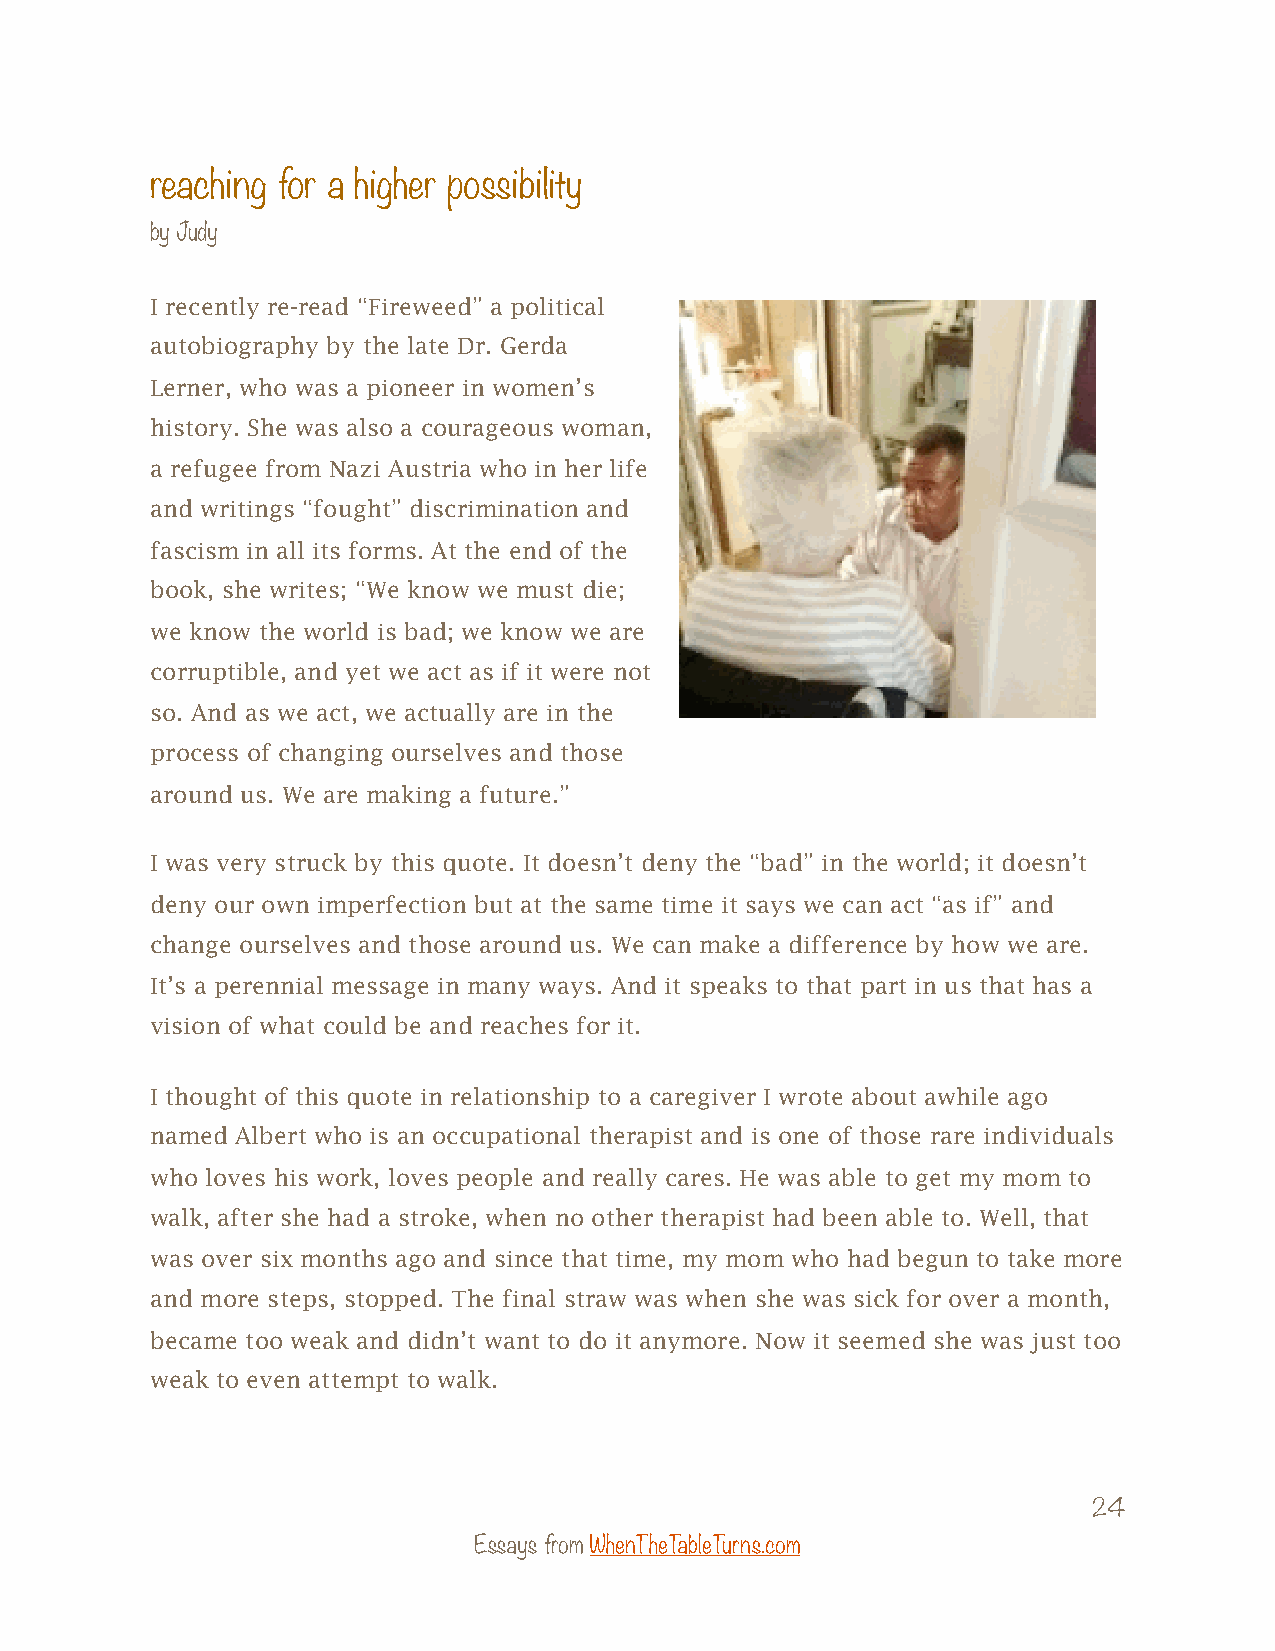
reaching for a higher possibility
 by Judy
 I recently re-read “Fireweed” a political
 autobiography by the late Dr. Gerda
 Lerner, who was a pioneer in women’s
 history. She was also a courageous woman,
 a refugee from Nazi Austria who in her life
 and writings “fought” discrimination and
 fascism in all its forms. At the end of the
 book, she writes; “We know we must die;
 we know the world is bad; we know we are
 corruptible, and yet we act as if it were not
 so. And as we act, we actually are in the
 process of changing ourselves and those
 around us. We are making a future.”
 I was very struck by this quote. It doesn’t deny the “bad” in the world; it doesn’t
 deny our own imperfection but at the same time it says we can act “as if” and
 change ourselves and those around us. We can make a difference by how we are.
 It’s a perennial message in many ways. And it speaks to that part in us that has a
 vision of what could be and reaches for it.
 I thought of this quote in relationship to a caregiver I wrote about awhile ago
 named Albert who is an occupational therapist and is one of those rare individuals
 who loves his work, loves people and really cares. He was able to get my mom to
 walk, after she had a stroke, when no other therapist had been able to. Well, that
 was over six months ago and since that time, my mom who had begun to take more
 and more steps, stopped. The final straw was when she was sick for over a month,
 became too weak and didn’t want to do it anymore. Now it seemed she was just too
 weak to even attempt to walk.
 24
 Essays from WhenTheTableTurns.com